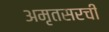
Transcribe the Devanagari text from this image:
अमृतसरची